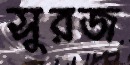
সুরজ